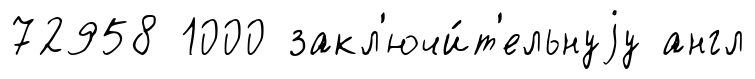
72958 1000 закл'ючи́т'ельнуjу англ